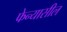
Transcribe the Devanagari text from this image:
फेन्यासील